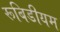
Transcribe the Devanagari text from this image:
रूबिडीयम